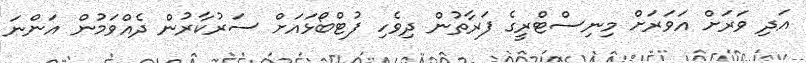
އަދި ވަރަށް އަވަރަށް މިނިސްޓްރީގެ ފަރާތުން ދިވެހި ފުޓްބޯޅައަށް ސަރުކާރުން ދެއްވަމުން އަންނަ